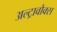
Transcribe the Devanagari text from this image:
अल्ट्रावौक्स